Civil Veterinary Department. Central Provinces & Berar 1932-41 - 1932-1941
Year: 1932
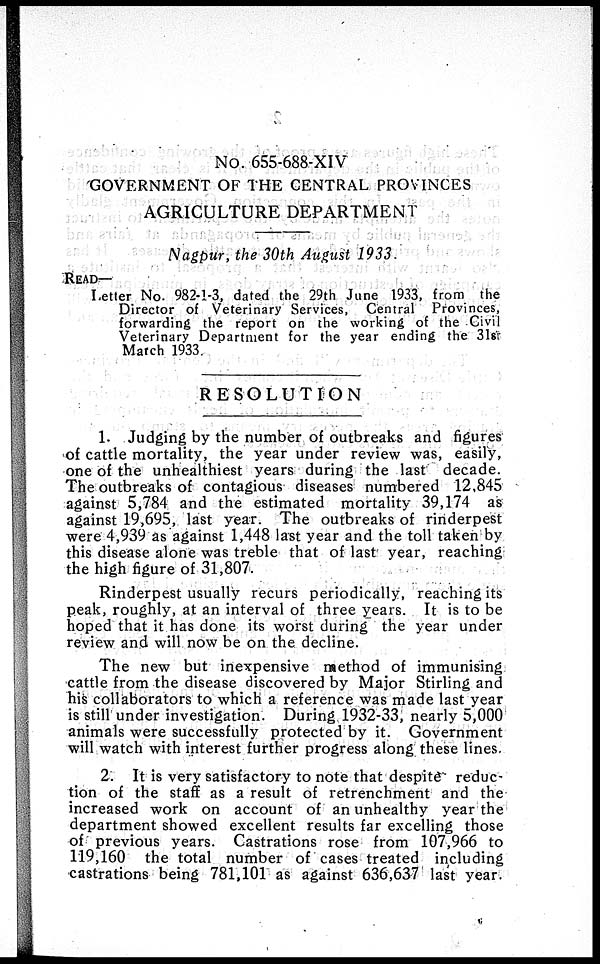
No. 655-688-XIV
GOVERNMENT OF THE CENTRAL PROVINCES
AGRICULTURE DEPARTMENT
Nagpur, the 30th August 1933.
READ—
Letter No. 982-1-3, dated the 29th June 1933, from the
Director of Veterinary Services, Central Provinces,
forwarding the report on the working of the Civil
Veterinary Department for the year ending the 31st
March 1933.
RESOLUTION
1. Judging by the number of outbreaks and figures
of cattle mortality, the year under review was, easily,
one of the unhealthiest years during the last decade.
The outbreaks of contagious diseases numbered 12,845
against 5,784 and the estimated mortality 39,174 as
against 19,695, last year. The outbreaks of rinderpest
were 4,939 as against 1,448 last year and the toll taken by
this disease alone was treble that of last year, reaching
the high figure of 31,807.
Rinderpest usually recurs periodically, reaching its
peak, roughly, at an interval of three years. It is to be
hoped that it has done its worst during the year under
review and will now be on the decline.
The new but inexpensive method of immunising
cattle from the disease discovered by Major Stirling and
his collaborators to which a reference was made last year
is still under investigation. During 1932-33, nearly 5,000
animals were successfully protected by it. Government
will watch with interest further progress along these lines.
2. It is very satisfactory to note that despite reduc-
tion of the staff as a result of retrenchment and the
increased work on account of an unhealthy year the
department showed excellent results far excelling those
of previous years. Castrations rose from 107,966 to
119,160 the total number of cases treated including
castrations being 781,101 as against 636,637 last year.